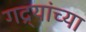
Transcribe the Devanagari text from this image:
गद्र्‍यांच्या